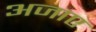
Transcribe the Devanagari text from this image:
अजाए